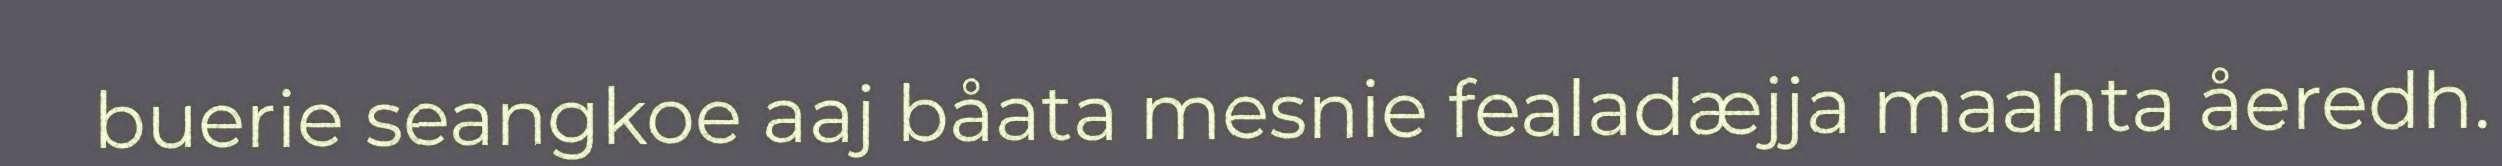
buerie seangkoe aaj båata mesnie fealadæjja maahta åeredh.